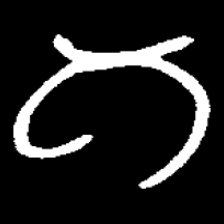
Pyu character \u2014 Myanmar letter: ဂ (romanized: ga)